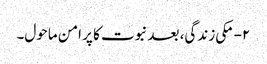
۲- مکی زندگی، بعد نبوت کا پر امن ماحول۔